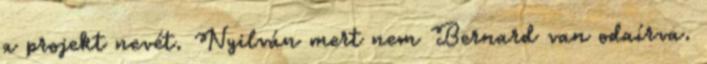
a projekt nevét. Nyilván mert nem Bernard van odaírva.